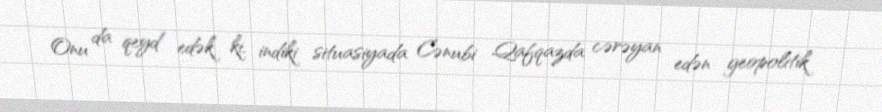
Onu da qeyd edək ki, indiki situasiyada Cənubi Qafqazda cərəyan edən geopolitik